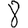
Digit: 8